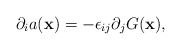
\begin{align*}\partial_{i}a({\bf x})=-\epsilon_{ij}\partial_{j}G({\bf x}),\end{align*}